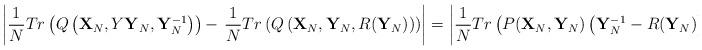
LaTeX: \begin{align*}\left|\frac{1}{N} Tr\left(Q\left({\bf X}_N,Y{\bf Y}_N,{\bf Y}_N^{-1}\right)\right)-\right.\left.\frac{1}{N} Tr\left(Q\left({\bf X}_N,{\bf Y}_N,R({\bf Y}_N)\right)\right)\right|=\left|\frac{1}{N} Tr\left(P({\bf X}_N,{\bf Y}_N)\left({\bf Y}_N^{-1}-R({\bf Y}_N)\right)\right)\right|\end{align*}